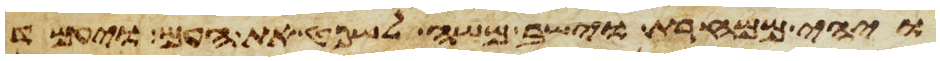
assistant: ויהי ממחרת וישב משה לשפט את העם ויעמד